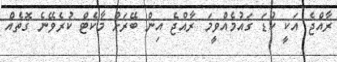
ރާއްޖެ އަކީ ކުޑަ ގައުމެއްވީމަ ރާއްޖެ އިން ބޭރަށް މާކެޓް ކުރެވޭނެ ގޮތެއް